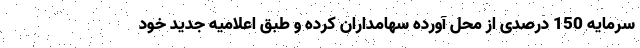
سرمایه 150 درصدی از محل آورده سهامداران کرده و طبق اعلامیه جدید خود